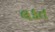
લકત